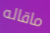
ماقاله